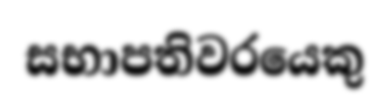
සභාපතිවරයෙකු